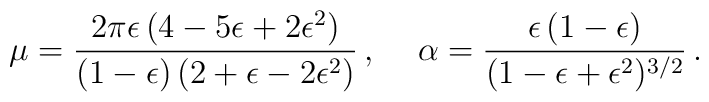
\mu= {2\pi\epsilon\, (4-5\epsilon +2\epsilon^2)\over (1-\epsilon)\, (2+\epsilon -2\epsilon^2)}\, ,\hspace{0.5cm}\alpha={\epsilon\, (1-\epsilon)\over (1-\epsilon+\epsilon^2)^{3/2}}\, .